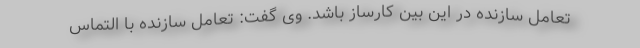
تعامل سازنده در این بین کارساز باشد. وی گفت: تعامل سازنده با التماس